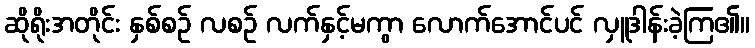
ဆိုရိုးအတိုင်း နှစ်စဉ် လစဉ် လက်နှင့်မကွာ လောက်အောင်ပင် လှူဒါန်းခဲ့ကြ၏။